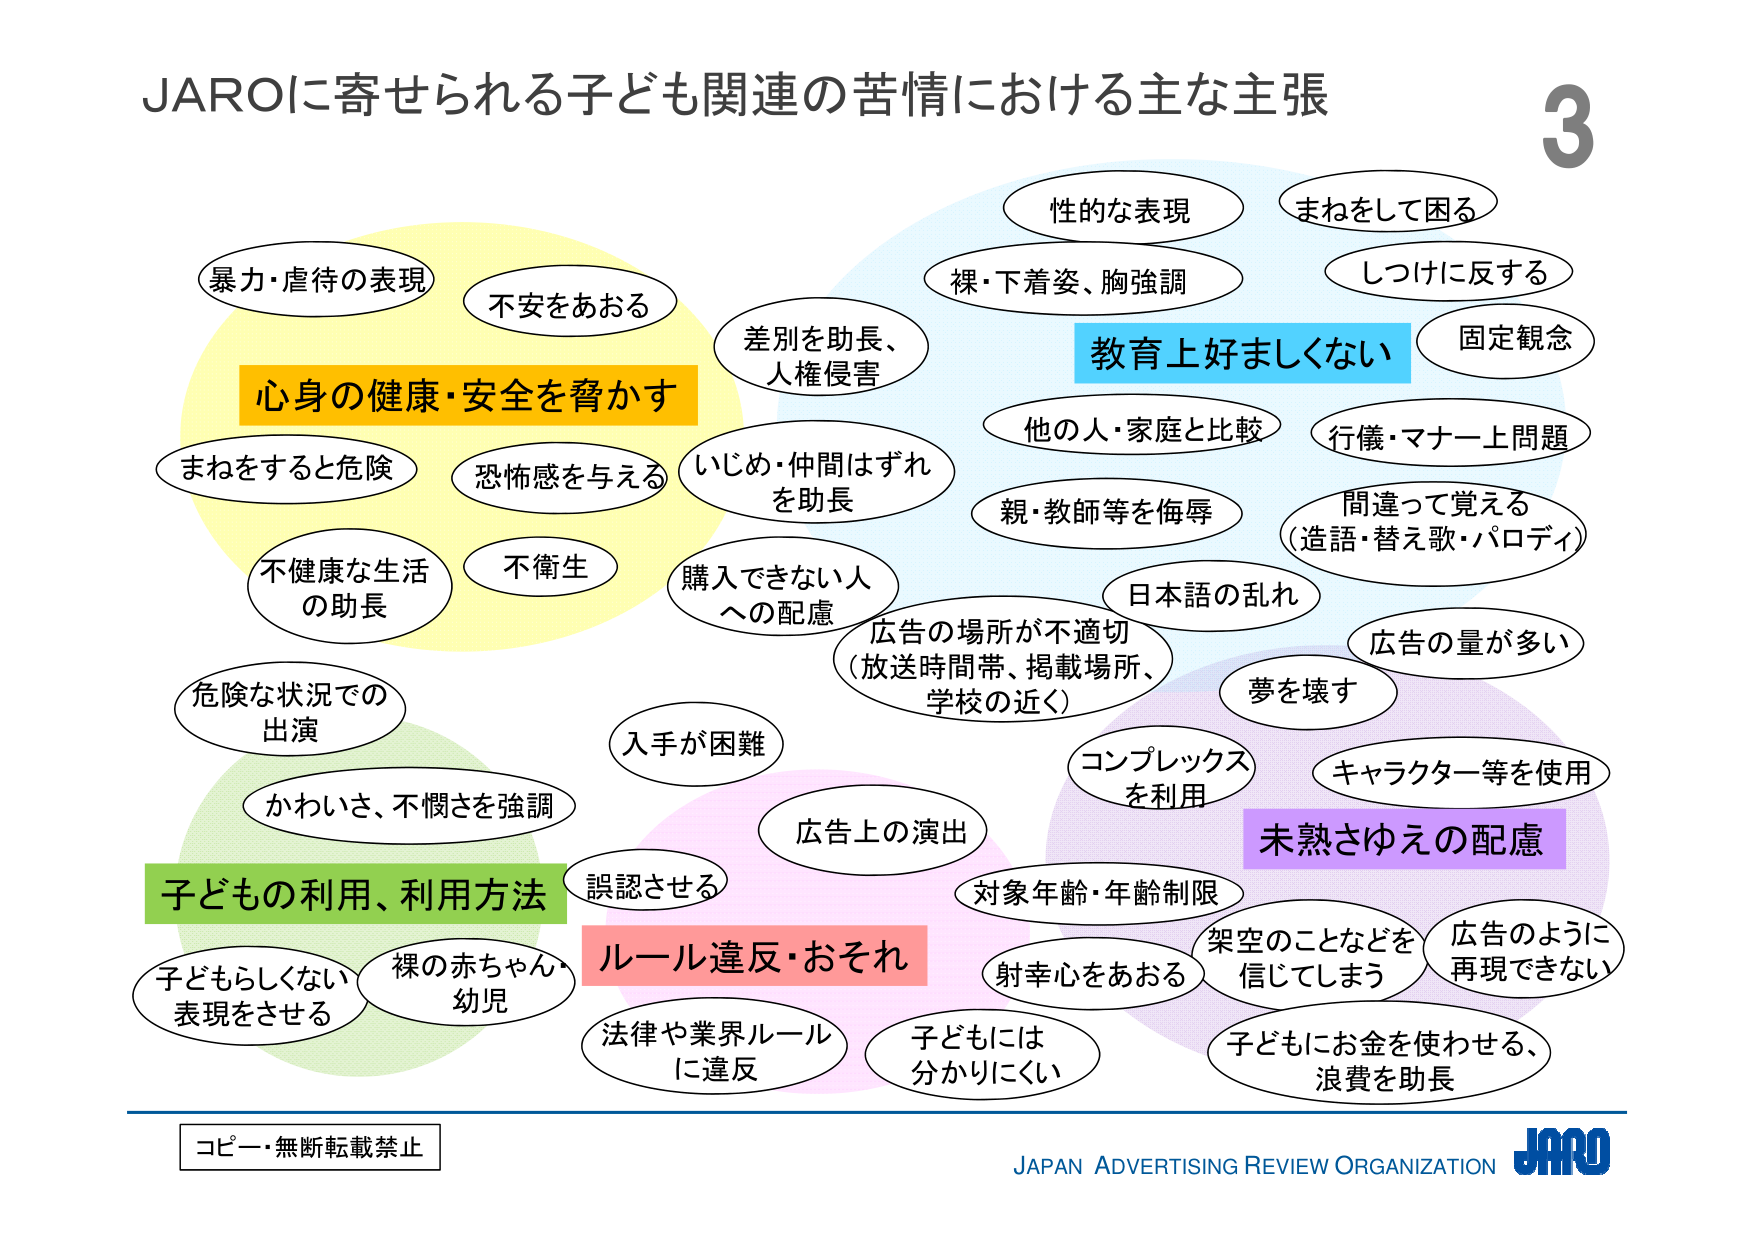
JAROに寄せられる子ども関連の苦情における主な主張

3

暴力・虐待の表現
不安をあおる
心身の健康・安全を脅かす
まねをすると危険
恐怖感を与える
不健康な生活の助長
不衛生
危険な状況での出演
かわいさ、不憫さを強調
子どもの利用、利用方法
子どもらしくない表現をさせる
裸の赤ちゃん・幼児
誤認させる
入手が困難
広告上の演出
ルール違反・おそれ
法律や業界ルールに違反
子どもには分かりにくい
差別を助長、人権侵害
いじめ・仲間はずれを助長
購入できない人への配慮
広告の場所が不適切（放送時間帯、掲載場所、学校の近く）
性的な表現
裸・下着姿、胸強調
教育上好ましくない
まねをして困る
しつけに反する
固定観念
他の人・家庭と比較
行儀・マナー上問題
親・教師等を侮辱
間違って覚える（造語・替え歌・パロディ）
日本語の乱れ
広告の量が多い
夢を壊す
コンプレックスを利用
キャラクター等を使用
未熟さゆえの配慮
対象年齢・年齢制限
射幸心をあおる
架空のことなどを信じてしまう
広告のように再現できない
子どもにお金を使わせる、浪費を助長

コピー・無断転載禁止
JAPAN ADVERTISING REVIEW ORGANIZATION JARO